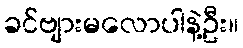
ခင်ဗျားမလောပါနဲ့ဦး။